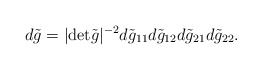
\begin{align*}d \tilde g = |{\rm det} \tilde g|^{-2} d \tilde g_{11} d \tilde g_{12} d \tilde g_{21} d \tilde g_{22}.\end{align*}